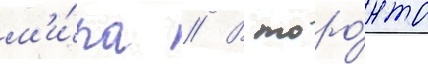
м'и́ра // В торо́нто